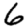
Digit: 6